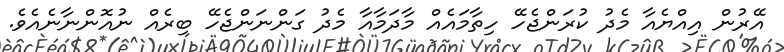
އޭރުން އިއްޔެއާ މެދު ކުރަންޖެހޭ ހިތާމައެއް މާދަމާއާ މެދު ގަންނަންޖެހޭ ބިރެއް ނުއޮންނާނެއެވެ.